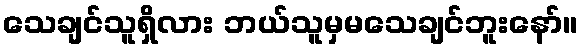
သေချင်သူရှိလား ဘယ်သူမှမသေချင်ဘူးနော်။